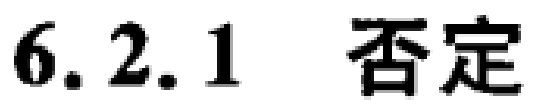
\(6.2.1\) 否定